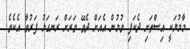
މާމުޔަކީ އިސްތަށި ދެކަފި ވުމުން އެއަށް ދެވޭ ވަރަށް ރަނގަޅު ފަރުވާ އެކެވެ.